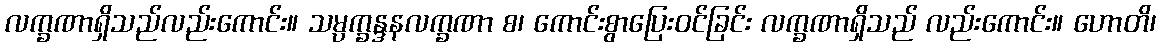
လက္ခဏာရှိသည်လည်းကောင်း။ သမ္ပက္ခန္ဒနလက္ခဏာ စ၊ ကောင်းစွာပြေးဝင်ခြင်း လက္ခဏာရှိသည် လည်းကောင်း။ ဟောတိ၊